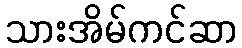
သားအိမ်ကင်ဆာ